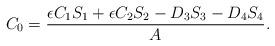
LaTeX: \begin{align*}C_0 = \frac{\epsilon C_1S_1+\epsilon C_2S_2 - D_3S_3 - D_4S_4}{A}.\end{align*}